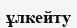
ұлкейту